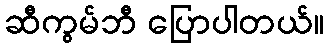
ဆီကွမ်ဘီ ပြောပါတယ်။